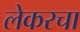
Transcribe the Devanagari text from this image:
लेकरचा